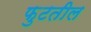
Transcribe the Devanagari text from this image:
फुटतील